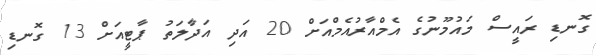
ގޮނޑި ރައީސް މައުމޫނުގެ އެމްއާރުއެމްއަށް 20 އަދި އަދާލަތު ޕާޓީއަށް 13 ގޮނޑި